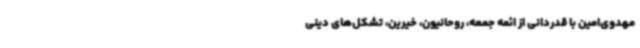
مهدوی‌امین با قدردانی از ائمه جمعه، روحانیون، خیرین، تشکل‌های دینی